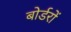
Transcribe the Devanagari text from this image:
बोर्डरों